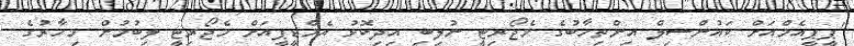
"ޕީޕީއެމްއަށް ކައުންސިލް އިންތިހާބުގެ މެޖޯރިޓީ ނުލިބި އިދިކޮޅު އެމްޑީޕީއަށް މެޖޯރިޓީ ލިބުމުން މިހާރުގެ